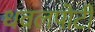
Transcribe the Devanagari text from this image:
धवलपोटी